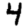
Digit: 4